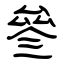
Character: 叄